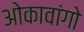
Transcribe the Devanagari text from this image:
ओकावांगो